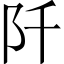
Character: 阡